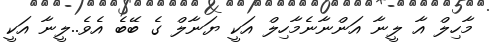
މާހިލް އާ ލީނާ އަންނާނެމާހިލް އަކީ ޔަނާލް ގެ ބޭބެ އެވެ..ލީނާ އަކީ